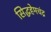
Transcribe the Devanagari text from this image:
सिद्धहेमचंद्र